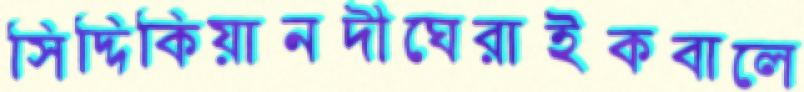
সিদ্দিকিয়ানদীঘেরাইকবালে